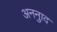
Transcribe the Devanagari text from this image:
अननुाद